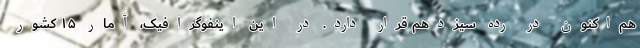
هم‌اکنون در رده سیزدهم قرار دارد. در این اینفوگرافیک، آمار ۱۵ کشور